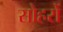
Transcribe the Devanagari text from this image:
सोहरों